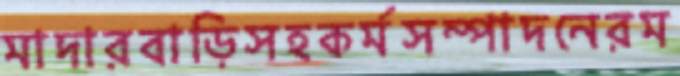
মাদারবাড়িসহকর্মসম্পাদনেরম